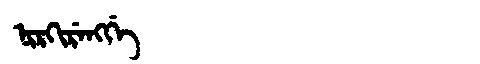
Manchu: ᠨᡳᡵᡴᡳᡵᡝᠩᡤᡝ
Romanization: NIRKIRENGGE